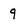
Character: 9